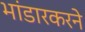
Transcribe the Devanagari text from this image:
भांडारकरने